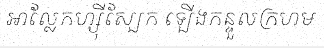
អាល្លែកហ្ស៊ីស្បែក ឡើងកន្ទួលក្រហម